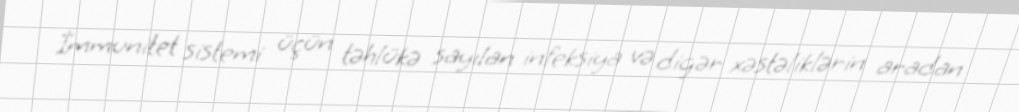
İmmunitet sistemi üçün təhlükə sayılan infeksiya və digər xəstəliklərin aradan